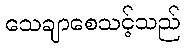
သေချာစေသင့်သည်